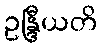
ဥန္ဒြီယတိ